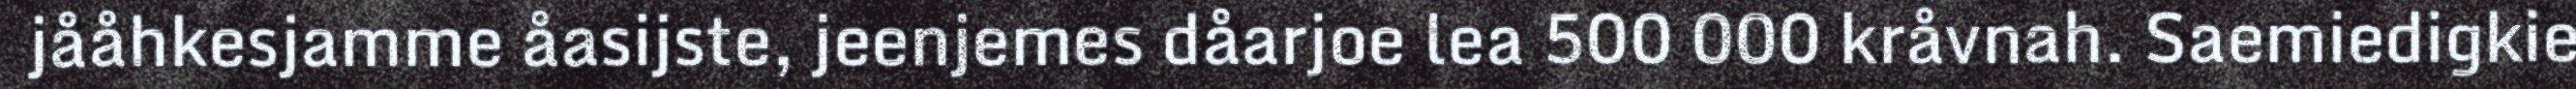
jååhkesjamme åasijste, jeenjemes dåarjoe lea 500 000 kråvnah. Saemiedigkie